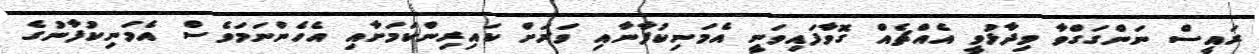
ރައީސް ނަންގަގްވާ ވިދާޅުވީ އެއްޗެއް ގޮވާފައިވަނީ އެމަނިކުފާނާއި ވަރަށް ކައިރިންކަމަށާއި އެހެންނަމަވެސް އެމަނިކުފާނުގެ